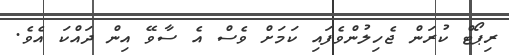
ރިޕޯޓް ކުރަން ޖެހިލުންވެފައި ކަމަށް ވެސް އެ ސާވޭ އިން ދައްކަ އެވެ.